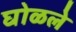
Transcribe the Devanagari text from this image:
घोळले